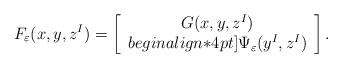
LaTeX: \begin{align*}F_\varepsilon(x,y, z^I)=\left[\begin{array}{c}G(x,y, z^I)\\begin{align*}4pt]\Psi_{\varepsilon}(y^I,z^I)\end{array}\right].\end{align*}